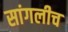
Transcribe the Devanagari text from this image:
सांगलीच